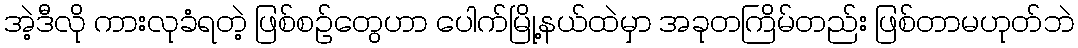
အဲ့ဒီလို ကားလုခံရတဲ့ ဖြစ်စဥ်တွေဟာ ပေါက်မြို့နယ်ထဲမှာ အခုတကြိမ်တည်း ဖြစ်တာမဟုတ်ဘဲ